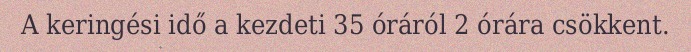
A keringési idő a kezdeti 35 óráról 2 órára csökkent.